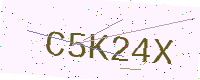
Text: C5K24X